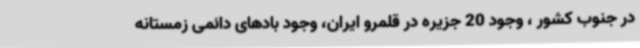
در جنوب کشور ، وجود 20 جزیره در قلمرو ایران، وجود بادهای دائمی زمستانه